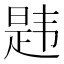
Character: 韪